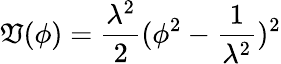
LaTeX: \mathfrak{V}(\phi)=\frac{{\lambda^{2}}}{{2}}(\phi^{2}-\frac{{1}}{{\lambda^{2}}})^{2}